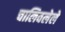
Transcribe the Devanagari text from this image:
चालिवलेले